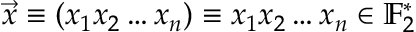
\vec { x } \equiv ( x _ { 1 } x _ { 2 } \dots x _ { n } ) \equiv x _ { 1 } x _ { 2 } \dots x _ { n } \in \mathbb { F } _ { 2 } ^ { * }